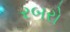
રબરો